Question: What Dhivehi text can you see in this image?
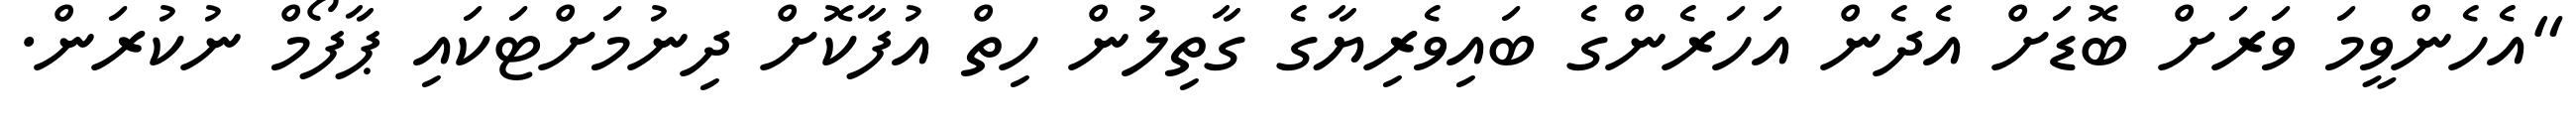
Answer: "އެހެންވީމަ ވަރަށް ބޮޑަށް އެދެން އަހަރެންގެ ބައިވެރިޔާގެ ގާތިލުން ހިތް އުފާކޮށް ދިނުމަށްޓަކައި ޕާފޯމް ނުކުރަން.